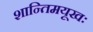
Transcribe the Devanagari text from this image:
शान्तिमयूखः